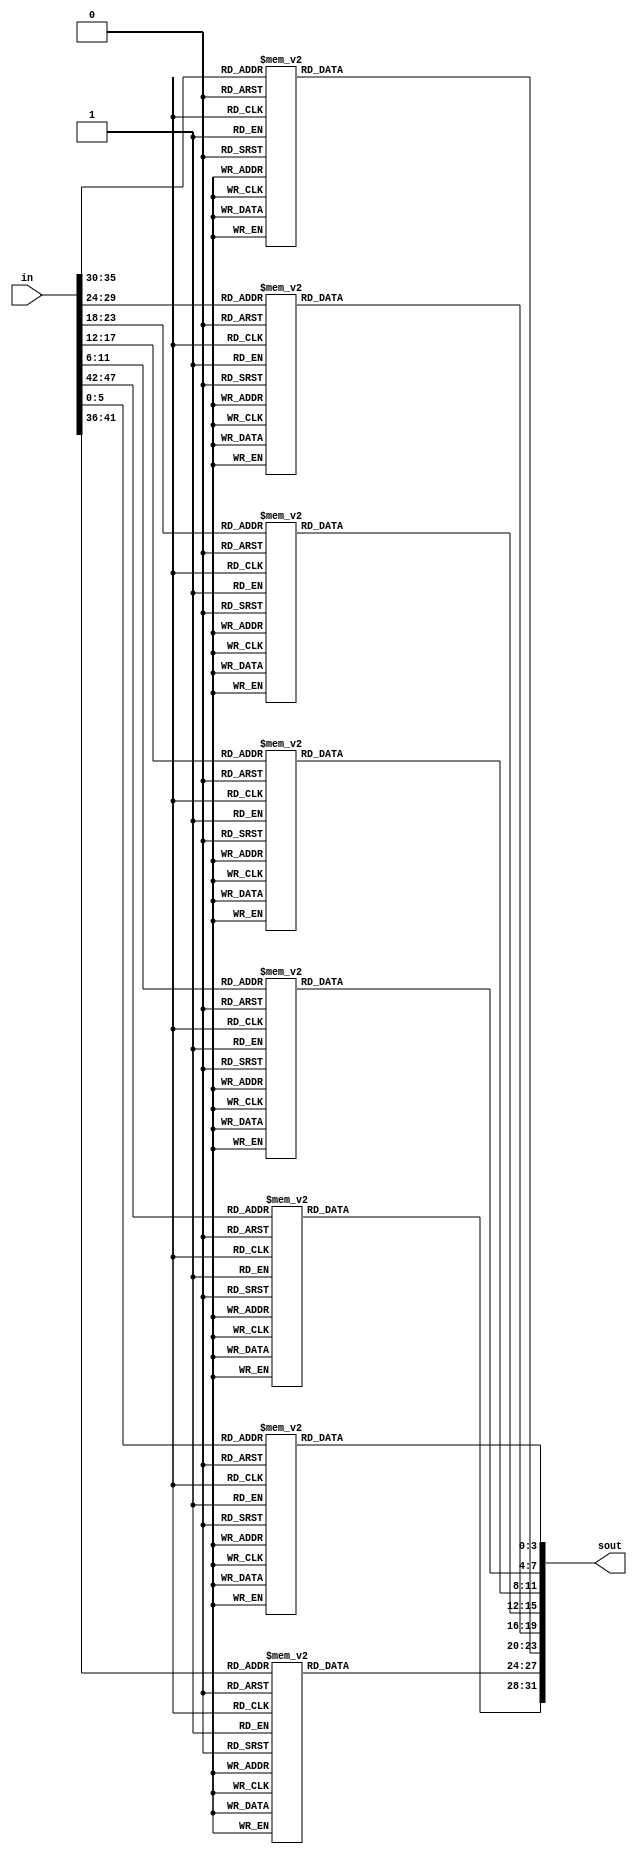
//sboxes.v
//8 s boxes for f block

module sboxes(sout, in);
	input [47:0] in;

	output [31:0] sout;

	
	wire [5:0] in1;
	wire [5:0] in2;
	wire [5:0] in3;
	wire [5:0] in4;
	wire [5:0] in5;
	wire [5:0] in6;
	wire [5:0] in7;
	wire [5:0] in8;
	
	reg [3:0] out1;
	reg [3:0] out2;
	reg [3:0] out3;
	reg [3:0] out4;
	reg [3:0] out5;
	reg [3:0] out6;
	reg [3:0] out7;
	reg [3:0] out8;
	
	assign in1 = in[47:42];
	assign in2 = in[41:36];
	assign in3 = in[35:30];
	assign in4 = in[29:24];
	assign in5 = in[23:18];
	assign in6 = in[17:12];
	assign in7 = in[11:6];
	assign in8 = in[5:0];
	
always @(*) begin
/*
S1 (from NIST)
14 4 13 1 2 15 11 8 3 10 6 12 5 9 0 7
0 15 7 4 14 2 13 1 10 6 12 11 9 5 3 8
4 1 14 8 13 6 2 11 15 12 9 7 3 10 5 0
15 12 8 2 4 9 1 7 5 11 3 14 10 0 6 13 
*/
case (in1)
	6'b000000: begin out1 = 4'he; end
	6'b000010: begin out1 = 4'h4; end
	6'b000100: begin out1 = 4'hd; end
	6'b000110: begin out1 = 4'h1; end
	6'b001000: begin out1 = 4'h2; end
	6'b001010: begin out1 = 4'hf; end
	6'b001100: begin out1 = 4'hb; end
	6'b001110: begin out1 = 4'h8; end
	6'b010000: begin out1 = 4'h3; end
	6'b010010: begin out1 = 4'ha; end
	6'b010100: begin out1 = 4'h6; end
	6'b010110: begin out1 = 4'hc; end
	6'b011000: begin out1 = 4'h5; end
	6'b011010: begin out1 = 4'h9; end
	6'b011100: begin out1 = 4'h0; end
	6'b011110: begin out1 = 4'h7; end
	6'b000001: begin out1 = 4'h0; end
	6'b000011: begin out1 = 4'hf; end
	6'b000101: begin out1 = 4'h7; end
	6'b000111: begin out1 = 4'h4; end
	6'b001001: begin out1 = 4'he; end
	6'b001011: begin out1 = 4'h2; end
	6'b001101: begin out1 = 4'hd; end
	6'b001111: begin out1 = 4'h1; end
	6'b010001: begin out1 = 4'ha; end
	6'b010011: begin out1 = 4'h6; end
	6'b010101: begin out1 = 4'hc; end
	6'b010111: begin out1 = 4'hb; end
	6'b011001: begin out1 = 4'h9; end
	6'b011011: begin out1 = 4'h5; end
	6'b011101: begin out1 = 4'h3; end
	6'b011111: begin out1 = 4'h8; end
	6'b100000: begin out1 = 4'h4; end
	6'b100010: begin out1 = 4'h1; end
	6'b100100: begin out1 = 4'he; end
	6'b100110: begin out1 = 4'h8; end
	6'b101000: begin out1 = 4'hd; end
	6'b101010: begin out1 = 4'h6; end
	6'b101100: begin out1 = 4'h2; end
	6'b101110: begin out1 = 4'hb; end
	6'b110000: begin out1 = 4'hf; end
	6'b110010: begin out1 = 4'hc; end
	6'b110100: begin out1 = 4'h9; end
	6'b110110: begin out1 = 4'h7; end
	6'b111000: begin out1 = 4'h3; end
	6'b111010: begin out1 = 4'ha; end
	6'b111100: begin out1 = 4'h5; end
	6'b111110: begin out1 = 4'h0; end
	6'b100001: begin out1 = 4'hf; end
	6'b100011: begin out1 = 4'hc; end
	6'b100101: begin out1 = 4'h8; end
	6'b100111: begin out1 = 4'h2; end
	6'b101001: begin out1 = 4'h4; end
	6'b101011: begin out1 = 4'h9; end
	6'b101101: begin out1 = 4'h1; end
	6'b101111: begin out1 = 4'h7; end
	6'b110001: begin out1 = 4'h5; end
	6'b110011: begin out1 = 4'hb; end
	6'b110101: begin out1 = 4'h3; end
	6'b110111: begin out1 = 4'he; end
	6'b111001: begin out1 = 4'ha; end
	6'b111011: begin out1 = 4'h0; end
	6'b111101: begin out1 = 4'h6; end
	6'b111111: begin out1 = 4'hd; end
endcase
/*
S2 (from NIST)
15 1 8 14 6 11 3 4 9 7 2 13 12 0 5 10
3 13 4 7 15 2 8 14 12 0 1 10 6 9 11 5
0 14 7 11 10 4 13 1 5 8 12 6 9 3 2 15
13 8 10 1 3 15 4 2 11 6 7 12 0 5 14 9 
*/
case (in2)
	6'b000000: begin out2 = 4'hf; end
	6'b000010: begin out2 = 4'h1; end
	6'b000100: begin out2 = 4'h8; end
	6'b000110: begin out2 = 4'he; end
	6'b001000: begin out2 = 4'h6; end
	6'b001010: begin out2 = 4'hb; end
	6'b001100: begin out2 = 4'h3; end
	6'b001110: begin out2 = 4'h4; end
	6'b010000: begin out2 = 4'h9; end
	6'b010010: begin out2 = 4'h7; end
	6'b010100: begin out2 = 4'h2; end
	6'b010110: begin out2 = 4'hd; end
	6'b011000: begin out2 = 4'hc; end
	6'b011010: begin out2 = 4'h0; end
	6'b011100: begin out2 = 4'h5; end
	6'b011110: begin out2 = 4'ha; end
	6'b000001: begin out2 = 4'h3; end
	6'b000011: begin out2 = 4'hd; end
	6'b000101: begin out2 = 4'h4; end
	6'b000111: begin out2 = 4'h7; end
	6'b001001: begin out2 = 4'hf; end
	6'b001011: begin out2 = 4'h2; end
	6'b001101: begin out2 = 4'h8; end
	6'b001111: begin out2 = 4'he; end
	6'b010001: begin out2 = 4'hc; end
	6'b010011: begin out2 = 4'h0; end
	6'b010101: begin out2 = 4'h1; end
	6'b010111: begin out2 = 4'ha; end
	6'b011001: begin out2 = 4'h6; end
	6'b011011: begin out2 = 4'h9; end
	6'b011101: begin out2 = 4'hb; end
	6'b011111: begin out2 = 4'h5; end
	6'b100000: begin out2 = 4'h0; end
	6'b100010: begin out2 = 4'he; end
	6'b100100: begin out2 = 4'h7; end
	6'b100110: begin out2 = 4'hb; end
	6'b101000: begin out2 = 4'ha; end
	6'b101010: begin out2 = 4'h4; end
	6'b101100: begin out2 = 4'hd; end
	6'b101110: begin out2 = 4'h1; end
	6'b110000: begin out2 = 4'h5; end
	6'b110010: begin out2 = 4'h8; end
	6'b110100: begin out2 = 4'hc; end
	6'b110110: begin out2 = 4'h6; end
	6'b111000: begin out2 = 4'h9; end
	6'b111010: begin out2 = 4'h3; end
	6'b111100: begin out2 = 4'h2; end
	6'b111110: begin out2 = 4'hf; end
	6'b100001: begin out2 = 4'hd; end
	6'b100011: begin out2 = 4'h8; end
	6'b100101: begin out2 = 4'ha; end
	6'b100111: begin out2 = 4'h1; end
	6'b101001: begin out2 = 4'h3; end
	6'b101011: begin out2 = 4'hf; end
	6'b101101: begin out2 = 4'h4; end
	6'b101111: begin out2 = 4'h2; end
	6'b110001: begin out2 = 4'hb; end
	6'b110011: begin out2 = 4'h6; end
	6'b110101: begin out2 = 4'h7; end
	6'b110111: begin out2 = 4'hc; end
	6'b111001: begin out2 = 4'h0; end
	6'b111011: begin out2 = 4'h5; end
	6'b111101: begin out2 = 4'he; end
	6'b111111: begin out2 = 4'h9; end
endcase

/*
S3 (from NIST)
10 0 9 14 6 3 15 5 1 13 12 7 11 4 2 8
13 7 0 9 3 4 6 10 2 8 5 14 12 11 15 1
13 6 4 9 8 15 3 0 11 1 2 12 5 10 14 7
1 10 13 0 6 9 8 7 4 15 14 3 11 5 2 12
*/
case (in3)
	6'b000000: begin out3 = 4'ha; end
	6'b000010: begin out3 = 4'h0; end
	6'b000100: begin out3 = 4'h9; end
	6'b000110: begin out3 = 4'he; end
	6'b001000: begin out3 = 4'h6; end
	6'b001010: begin out3 = 4'h3; end
	6'b001100: begin out3 = 4'hf; end
	6'b001110: begin out3 = 4'h5; end
	6'b010000: begin out3 = 4'h1; end
	6'b010010: begin out3 = 4'hd; end
	6'b010100: begin out3 = 4'hc; end
	6'b010110: begin out3 = 4'h7; end
	6'b011000: begin out3 = 4'hb; end
	6'b011010: begin out3 = 4'h4; end
	6'b011100: begin out3 = 4'h2; end
	6'b011110: begin out3 = 4'h8; end
	6'b000001: begin out3 = 4'hd; end
	6'b000011: begin out3 = 4'h7; end
	6'b000101: begin out3 = 4'h0; end
	6'b000111: begin out3 = 4'h9; end
	6'b001001: begin out3 = 4'h3; end
	6'b001011: begin out3 = 4'h4; end
	6'b001101: begin out3 = 4'h6; end
	6'b001111: begin out3 = 4'ha; end
	6'b010001: begin out3 = 4'h2; end
	6'b010011: begin out3 = 4'h8; end
	6'b010101: begin out3 = 4'h5; end
	6'b010111: begin out3 = 4'he; end
	6'b011001: begin out3 = 4'hc; end
	6'b011011: begin out3 = 4'hb; end
	6'b011101: begin out3 = 4'hf; end
	6'b011111: begin out3 = 4'h1; end
	6'b100000: begin out3 = 4'hd; end
	6'b100010: begin out3 = 4'h6; end
	6'b100100: begin out3 = 4'h4; end
	6'b100110: begin out3 = 4'h9; end
	6'b101000: begin out3 = 4'h8; end
	6'b101010: begin out3 = 4'hf; end
	6'b101100: begin out3 = 4'h3; end
	6'b101110: begin out3 = 4'h0; end
	6'b110000: begin out3 = 4'hb; end
	6'b110010: begin out3 = 4'h1; end
	6'b110100: begin out3 = 4'h2; end
	6'b110110: begin out3 = 4'hc; end
	6'b111000: begin out3 = 4'h5; end
	6'b111010: begin out3 = 4'ha; end
	6'b111100: begin out3 = 4'he; end
	6'b111110: begin out3 = 4'h7; end
	6'b100001: begin out3 = 4'h1; end
	6'b100011: begin out3 = 4'ha; end
	6'b100101: begin out3 = 4'hd; end
	6'b100111: begin out3 = 4'h0; end
	6'b101001: begin out3 = 4'h6; end
	6'b101011: begin out3 = 4'h9; end
	6'b101101: begin out3 = 4'h8; end
	6'b101111: begin out3 = 4'h7; end
	6'b110001: begin out3 = 4'h4; end
	6'b110011: begin out3 = 4'hf; end
	6'b110101: begin out3 = 4'he; end
	6'b110111: begin out3 = 4'h3; end
	6'b111001: begin out3 = 4'hb; end
	6'b111011: begin out3 = 4'h5; end
	6'b111101: begin out3 = 4'h2; end
	6'b111111: begin out3 = 4'hc; end
endcase
/*
S4 (from NIST)
7 13 14 3 0 6 9 10 1 2 8 5 11 12 4 15
13 8 11 5 6 15 0 3 4 7 2 12 1 10 14 9
10 6 9 0 12 11 7 13 15 1 3 14 5 2 8 4
3 15 0 6 10 1 13 8 9 4 5 11 12 7 2 14
*/
case (in4)
	6'b000000: begin out4 = 4'h7; end
	6'b000010: begin out4 = 4'hd; end
	6'b000100: begin out4 = 4'he; end
	6'b000110: begin out4 = 4'h3; end
	6'b001000: begin out4 = 4'h0; end
	6'b001010: begin out4 = 4'h6; end
	6'b001100: begin out4 = 4'h9; end
	6'b001110: begin out4 = 4'ha; end
	6'b010000: begin out4 = 4'h1; end
	6'b010010: begin out4 = 4'h2; end
	6'b010100: begin out4 = 4'h8; end
	6'b010110: begin out4 = 4'h5; end
	6'b011000: begin out4 = 4'hb; end
	6'b011010: begin out4 = 4'hc; end
	6'b011100: begin out4 = 4'h4; end
	6'b011110: begin out4 = 4'hf; end
	6'b000001: begin out4 = 4'hd; end
	6'b000011: begin out4 = 4'h8; end
	6'b000101: begin out4 = 4'hb; end
	6'b000111: begin out4 = 4'h5; end
	6'b001001: begin out4 = 4'h6; end
	6'b001011: begin out4 = 4'hf; end
	6'b001101: begin out4 = 4'h0; end
	6'b001111: begin out4 = 4'h3; end
	6'b010001: begin out4 = 4'h4; end
	6'b010011: begin out4 = 4'h7; end
	6'b010101: begin out4 = 4'h2; end
	6'b010111: begin out4 = 4'hc; end
	6'b011001: begin out4 = 4'h1; end
	6'b011011: begin out4 = 4'ha; end
	6'b011101: begin out4 = 4'he; end
	6'b011111: begin out4 = 4'h9; end
	6'b100000: begin out4 = 4'ha; end
	6'b100010: begin out4 = 4'h6; end
	6'b100100: begin out4 = 4'h9; end
	6'b100110: begin out4 = 4'h0; end
	6'b101000: begin out4 = 4'hc; end
	6'b101010: begin out4 = 4'hb; end
	6'b101100: begin out4 = 4'h7; end
	6'b101110: begin out4 = 4'hd; end
	6'b110000: begin out4 = 4'hf; end
	6'b110010: begin out4 = 4'h1; end
	6'b110100: begin out4 = 4'h3; end
	6'b110110: begin out4 = 4'he; end
	6'b111000: begin out4 = 4'h5; end
	6'b111010: begin out4 = 4'h2; end
	6'b111100: begin out4 = 4'h8; end
	6'b111110: begin out4 = 4'h4; end
	6'b100001: begin out4 = 4'h3; end
	6'b100011: begin out4 = 4'hf; end
	6'b100101: begin out4 = 4'h0; end
	6'b100111: begin out4 = 4'h6; end
	6'b101001: begin out4 = 4'ha; end
	6'b101011: begin out4 = 4'h1; end
	6'b101101: begin out4 = 4'hd; end
	6'b101111: begin out4 = 4'h8; end
	6'b110001: begin out4 = 4'h9; end
	6'b110011: begin out4 = 4'h4; end
	6'b110101: begin out4 = 4'h5; end
	6'b110111: begin out4 = 4'hb; end
	6'b111001: begin out4 = 4'hc; end
	6'b111011: begin out4 = 4'h7; end
	6'b111101: begin out4 = 4'h2; end
	6'b111111: begin out4 = 4'he; end
endcase

/*
S5
2 12 4 1 7 10 11 6 8 5 3 15 13 0 14 9
14 11 2 12 4 7 13 1 5 0 15 10 3 9 8 6
4 2 1 11 10 13 7 8 15 9 12 5 6 3 0 14
11 8 12 7 1 14 2 13 6 15 0 9 10 4 5 3 
*/
case (in5)
	6'b000000: begin out5 = 4'h2; end
	6'b000010: begin out5 = 4'hc; end
	6'b000100: begin out5 = 4'h4; end
	6'b000110: begin out5 = 4'h1; end
	6'b001000: begin out5 = 4'h7; end
	6'b001010: begin out5 = 4'ha; end
	6'b001100: begin out5 = 4'hb; end
	6'b001110: begin out5 = 4'h6; end
	6'b010000: begin out5 = 4'h8; end
	6'b010010: begin out5 = 4'h5; end
	6'b010100: begin out5 = 4'h3; end
	6'b010110: begin out5 = 4'hf; end
	6'b011000: begin out5 = 4'hd; end
	6'b011010: begin out5 = 4'h0; end
	6'b011100: begin out5 = 4'he; end
	6'b011110: begin out5 = 4'h9; end
	6'b000001: begin out5 = 4'he; end
	6'b000011: begin out5 = 4'hb; end
	6'b000101: begin out5 = 4'h2; end
	6'b000111: begin out5 = 4'hc; end
	6'b001001: begin out5 = 4'h4; end
	6'b001011: begin out5 = 4'h7; end
	6'b001101: begin out5 = 4'hd; end
	6'b001111: begin out5 = 4'h1; end
	6'b010001: begin out5 = 4'h5; end
	6'b010011: begin out5 = 4'h0; end
	6'b010101: begin out5 = 4'hf; end
	6'b010111: begin out5 = 4'ha; end
	6'b011001: begin out5 = 4'h3; end
	6'b011011: begin out5 = 4'h9; end
	6'b011101: begin out5 = 4'h8; end
	6'b011111: begin out5 = 4'h6; end
	6'b100000: begin out5 = 4'h4; end
	6'b100010: begin out5 = 4'h2; end
	6'b100100: begin out5 = 4'h1; end
	6'b100110: begin out5 = 4'hb; end
	6'b101000: begin out5 = 4'ha; end
	6'b101010: begin out5 = 4'hd; end
	6'b101100: begin out5 = 4'h7; end
	6'b101110: begin out5 = 4'h8; end
	6'b110000: begin out5 = 4'hf; end
	6'b110010: begin out5 = 4'h9; end
	6'b110100: begin out5 = 4'hc; end
	6'b110110: begin out5 = 4'h5; end
	6'b111000: begin out5 = 4'h6; end
	6'b111010: begin out5 = 4'h3; end
	6'b111100: begin out5 = 4'h0; end
	6'b111110: begin out5 = 4'he; end
	6'b100001: begin out5 = 4'hb; end
	6'b100011: begin out5 = 4'h8; end
	6'b100101: begin out5 = 4'hc; end
	6'b100111: begin out5 = 4'h7; end
	6'b101001: begin out5 = 4'h1; end
	6'b101011: begin out5 = 4'he; end
	6'b101101: begin out5 = 4'h2; end
	6'b101111: begin out5 = 4'hd; end
	6'b110001: begin out5 = 4'h6; end
	6'b110011: begin out5 = 4'hf; end
	6'b110101: begin out5 = 4'h0; end
	6'b110111: begin out5 = 4'h9; end
	6'b111001: begin out5 = 4'ha; end
	6'b111011: begin out5 = 4'h4; end
	6'b111101: begin out5 = 4'h5; end
	6'b111111: begin out5 = 4'h3; end
endcase

/*
S6 (from NIST)
12 1 10 15 9 2 6 8 0 13 3 4 14 7 5 11
10 15 4 2 7 12 9 5 6 1 13 14 0 11 3 8
9 14 15 5 2 8 12 3 7 0 4 10 1 13 11 6
4 3 2 12 9 5 15 10 11 14 1 7 6 0 8 13 
*/
case (in6)
	6'b000000: begin out6 = 4'hc; end
	6'b000010: begin out6 = 4'h1; end
	6'b000100: begin out6 = 4'ha; end
	6'b000110: begin out6 = 4'hf; end
	6'b001000: begin out6 = 4'h9; end
	6'b001010: begin out6 = 4'h2; end
	6'b001100: begin out6 = 4'h6; end
	6'b001110: begin out6 = 4'h8; end
	6'b010000: begin out6 = 4'h0; end
	6'b010010: begin out6 = 4'hd; end
	6'b010100: begin out6 = 4'h3; end
	6'b010110: begin out6 = 4'h4; end
	6'b011000: begin out6 = 4'he; end
	6'b011010: begin out6 = 4'h7; end
	6'b011100: begin out6 = 4'h5; end
	6'b011110: begin out6 = 4'hb; end
	6'b000001: begin out6 = 4'ha; end
	6'b000011: begin out6 = 4'hf; end
	6'b000101: begin out6 = 4'h4; end
	6'b000111: begin out6 = 4'h2; end
	6'b001001: begin out6 = 4'h7; end
	6'b001011: begin out6 = 4'hc; end
	6'b001101: begin out6 = 4'h9; end
	6'b001111: begin out6 = 4'h5; end
	6'b010001: begin out6 = 4'h6; end
	6'b010011: begin out6 = 4'h1; end
	6'b010101: begin out6 = 4'hd; end
	6'b010111: begin out6 = 4'he; end
	6'b011001: begin out6 = 4'h0; end
	6'b011011: begin out6 = 4'hb; end
	6'b011101: begin out6 = 4'h3; end
	6'b011111: begin out6 = 4'h8; end
	6'b100000: begin out6 = 4'h9; end
	6'b100010: begin out6 = 4'he; end
	6'b100100: begin out6 = 4'hf; end
	6'b100110: begin out6 = 4'h5; end
	6'b101000: begin out6 = 4'h2; end
	6'b101010: begin out6 = 4'h8; end
	6'b101100: begin out6 = 4'hc; end
	6'b101110: begin out6 = 4'h3; end
	6'b110000: begin out6 = 4'h7; end
	6'b110010: begin out6 = 4'h0; end
	6'b110100: begin out6 = 4'h4; end
	6'b110110: begin out6 = 4'ha; end
	6'b111000: begin out6 = 4'h1; end
	6'b111010: begin out6 = 4'hd; end
	6'b111100: begin out6 = 4'hb; end
	6'b111110: begin out6 = 4'h6; end
	6'b100001: begin out6 = 4'h4; end
	6'b100011: begin out6 = 4'h3; end
	6'b100101: begin out6 = 4'h2; end
	6'b100111: begin out6 = 4'hc; end
	6'b101001: begin out6 = 4'h9; end
	6'b101011: begin out6 = 4'h5; end
	6'b101101: begin out6 = 4'hf; end
	6'b101111: begin out6 = 4'ha; end
	6'b110001: begin out6 = 4'hb; end
	6'b110011: begin out6 = 4'he; end
	6'b110101: begin out6 = 4'h1; end
	6'b110111: begin out6 = 4'h7; end
	6'b111001: begin out6 = 4'h6; end
	6'b111011: begin out6 = 4'h0; end
	6'b111101: begin out6 = 4'h8; end
	6'b111111: begin out6 = 4'hd; end
endcase

/*
S7 (from NIST)
4 11 2 14 15 0 8 13 3 12 9 7 5 10 6 1
13 0 11 7 4 9 1 10 14 3 5 12 2 15 8 6
1 4 11 13 12 3 7 14 10 15 6 8 0 5 9 2
6 11 13 8 1 4 10 7 9 5 0 15 14 2 3 12 
*/
case (in7)
	6'b000000: begin out7 = 4'h4; end
	6'b000010: begin out7 = 4'hb; end
	6'b000100: begin out7 = 4'h2; end
	6'b000110: begin out7 = 4'he; end
	6'b001000: begin out7 = 4'hf; end
	6'b001010: begin out7 = 4'h0; end
	6'b001100: begin out7 = 4'h8; end
	6'b001110: begin out7 = 4'hd; end
	6'b010000: begin out7 = 4'h3; end
	6'b010010: begin out7 = 4'hc; end
	6'b010100: begin out7 = 4'h9; end
	6'b010110: begin out7 = 4'h7; end
	6'b011000: begin out7 = 4'h5; end
	6'b011010: begin out7 = 4'ha; end
	6'b011100: begin out7 = 4'h6; end
	6'b011110: begin out7 = 4'h1; end
	6'b000001: begin out7 = 4'hd; end
	6'b000011: begin out7 = 4'h0; end
	6'b000101: begin out7 = 4'hb; end
	6'b000111: begin out7 = 4'h7; end
	6'b001001: begin out7 = 4'h4; end
	6'b001011: begin out7 = 4'h9; end
	6'b001101: begin out7 = 4'h1; end
	6'b001111: begin out7 = 4'ha; end
	6'b010001: begin out7 = 4'he; end
	6'b010011: begin out7 = 4'h3; end
	6'b010101: begin out7 = 4'h5; end
	6'b010111: begin out7 = 4'hc; end
	6'b011001: begin out7 = 4'h2; end
	6'b011011: begin out7 = 4'hf; end
	6'b011101: begin out7 = 4'h8; end
	6'b011111: begin out7 = 4'h6; end
	6'b100000: begin out7 = 4'h1; end
	6'b100010: begin out7 = 4'h4; end
	6'b100100: begin out7 = 4'hb; end
	6'b100110: begin out7 = 4'hd; end
	6'b101000: begin out7 = 4'hc; end
	6'b101010: begin out7 = 4'h3; end
	6'b101100: begin out7 = 4'h7; end
	6'b101110: begin out7 = 4'he; end
	6'b110000: begin out7 = 4'ha; end
	6'b110010: begin out7 = 4'hf; end
	6'b110100: begin out7 = 4'h6; end
	6'b110110: begin out7 = 4'h8; end
	6'b111000: begin out7 = 4'h0; end
	6'b111010: begin out7 = 4'h5; end
	6'b111100: begin out7 = 4'h9; end
	6'b111110: begin out7 = 4'h2; end
	6'b100001: begin out7 = 4'h6; end
	6'b100011: begin out7 = 4'hb; end
	6'b100101: begin out7 = 4'hd; end
	6'b100111: begin out7 = 4'h8; end
	6'b101001: begin out7 = 4'h1; end
	6'b101011: begin out7 = 4'h4; end
	6'b101101: begin out7 = 4'ha; end
	6'b101111: begin out7 = 4'h7; end
	6'b110001: begin out7 = 4'h9; end
	6'b110011: begin out7 = 4'h5; end
	6'b110101: begin out7 = 4'h0; end
	6'b110111: begin out7 = 4'hf; end
	6'b111001: begin out7 = 4'he; end
	6'b111011: begin out7 = 4'h2; end
	6'b111101: begin out7 = 4'h3; end
	6'b111111: begin out7 = 4'hc; end
endcase

/*
S8
13 2 8 4 6 15 11 1 10 9 3 14 5 0 12 7
1 15 13 8 10 3 7 4 12 5 6 11 0 14 9 2
7 11 4 1 9 12 14 2 0 6 10 13 15 3 5 8
2 1 14 7 4 10 8 13 15 12 9 0 3 5 6 11 
*/
case (in8)
	6'b000000: begin out8 = 4'hd; end
	6'b000010: begin out8 = 4'h2; end
	6'b000100: begin out8 = 4'h8; end
	6'b000110: begin out8 = 4'h4; end
	6'b001000: begin out8 = 4'h6; end
	6'b001010: begin out8 = 4'hf; end
	6'b001100: begin out8 = 4'hb; end
	6'b001110: begin out8 = 4'h1; end
	6'b010000: begin out8 = 4'ha; end
	6'b010010: begin out8 = 4'h9; end
	6'b010100: begin out8 = 4'h3; end
	6'b010110: begin out8 = 4'he; end
	6'b011000: begin out8 = 4'h5; end
	6'b011010: begin out8 = 4'h0; end
	6'b011100: begin out8 = 4'hc; end
	6'b011110: begin out8 = 4'h7; end
	6'b000001: begin out8 = 4'h1; end
	6'b000011: begin out8 = 4'hf; end
	6'b000101: begin out8 = 4'hd; end
	6'b000111: begin out8 = 4'h8; end
	6'b001001: begin out8 = 4'ha; end
	6'b001011: begin out8 = 4'h3; end
	6'b001101: begin out8 = 4'h7; end
	6'b001111: begin out8 = 4'h4; end
	6'b010001: begin out8 = 4'hc; end
	6'b010011: begin out8 = 4'h5; end
	6'b010101: begin out8 = 4'h6; end
	6'b010111: begin out8 = 4'hb; end
	6'b011001: begin out8 = 4'h0; end
	6'b011011: begin out8 = 4'he; end
	6'b011101: begin out8 = 4'h9; end
	6'b011111: begin out8 = 4'h2; end
	6'b100000: begin out8 = 4'h7; end
	6'b100010: begin out8 = 4'hb; end
	6'b100100: begin out8 = 4'h4; end
	6'b100110: begin out8 = 4'h1; end
	6'b101000: begin out8 = 4'h9; end
	6'b101010: begin out8 = 4'hc; end
	6'b101100: begin out8 = 4'he; end
	6'b101110: begin out8 = 4'h2; end
	6'b110000: begin out8 = 4'h0; end
	6'b110010: begin out8 = 4'h6; end
	6'b110100: begin out8 = 4'ha; end
	6'b110110: begin out8 = 4'hd; end
	6'b111000: begin out8 = 4'hf; end
	6'b111010: begin out8 = 4'h3; end
	6'b111100: begin out8 = 4'h5; end
	6'b111110: begin out8 = 4'h8; end
	6'b100001: begin out8 = 4'h2; end
	6'b100011: begin out8 = 4'h1; end
	6'b100101: begin out8 = 4'he; end
	6'b100111: begin out8 = 4'h7; end
	6'b101001: begin out8 = 4'h4; end
	6'b101011: begin out8 = 4'ha; end
	6'b101101: begin out8 = 4'h8; end
	6'b101111: begin out8 = 4'hd; end
	6'b110001: begin out8 = 4'hf; end
	6'b110011: begin out8 = 4'hc; end
	6'b110101: begin out8 = 4'h9; end
	6'b110111: begin out8 = 4'h0; end
	6'b111001: begin out8 = 4'h3; end
	6'b111011: begin out8 = 4'h5; end
	6'b111101: begin out8 = 4'h6; end
	6'b111111: begin out8 = 4'hb; end
endcase



end
assign sout = {out1, out2, out3, out4, out5, out6, out7, out8};
endmodule